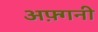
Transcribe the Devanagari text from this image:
अफ़्गनी